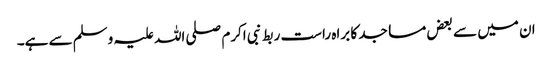
ان میں سے بعض مساجد کا براہ راست ربط نبی اکرم صلی اللہ علیہ وسلم سے ہے۔